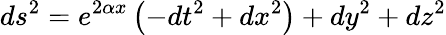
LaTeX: ds^{2}=e^{2\alpha x}\left(-dt^{2}+dx^{2}\right)+dy^{2}+dz^{2}